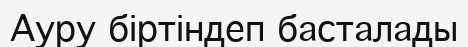
Ауру біртіндеп басталады